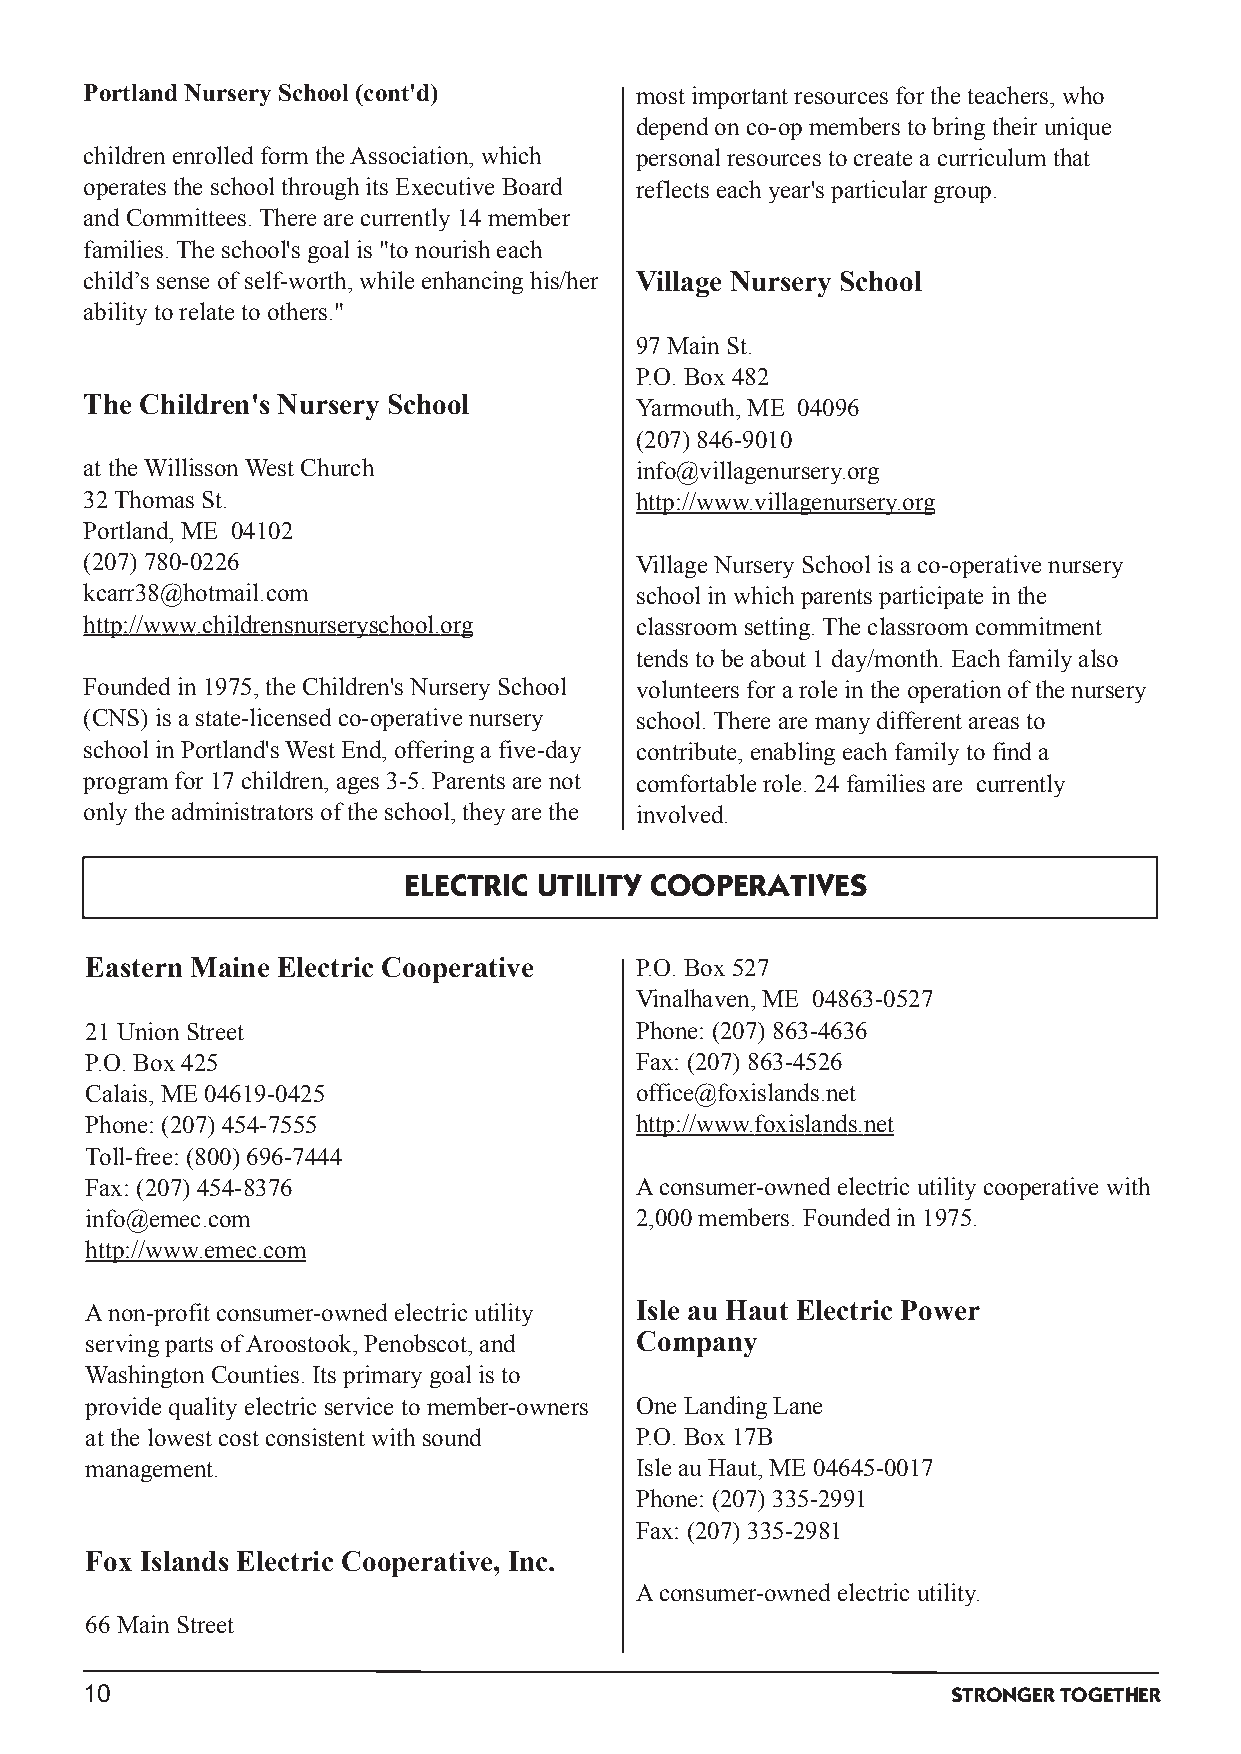
Portland NurserySchool (cont'd)     most important resources for the teachers,who
 dependonco­opmembers tobringtheir unique
 childrenenrolledform theAssociation,which personal resources tocreate a curriculum that
 operates the school throughits Executive Board reflects eachyear's particular group.
 and Committees.There are currently14member
 families.The school's goal is "tonourisheach
 child’s sense of self­worth,while enhancinghis/her Village Nursery School
 abilitytorelate toothers."
 97MainSt.
 P.O.Box482
 The Children's Nursery School       Yarmouth,ME 04096
 (207) 846­9010
 at theWillissonWest Church          info@villagenursery.org
 32Thomas St.                        http://www.villagenursery.org
 Portland,ME 04102
 (207) 780­0226                      Village NurserySchool is a co­operative nursery
 kcarr38@hotmail.com                 school inwhichparents participate inthe
 http://www.childrensnurseryschool.org classroom setting.The classroom commitment
 tends tobe about 1day/month.Eachfamilyalso
 Foundedin1975,the Children's NurserySchool volunteers for a role inthe operationof the nursery
 (CNS) is a state­licensedco­operative nursery school.There are manydifferent areas to
 school inPortland'sWest End,offeringa five­day contribute,enablingeachfamilytofinda
 program for 17children,ages 3­5.Parents are not comfortable role.24families are currently
 onlythe administrators of the school,theyare the involved.
 ELECTRIC UTILITY COOPERATIVES
 Eastern Maine Electric Cooperative  P.O.Box527
 Vinalhaven,ME 04863­0527
 21UnionStreet                       Phone: (207) 863­4636
 P.O.Box425                          Fax: (207) 863­4526
 Calais,ME 04619­0425                office@foxislands.net
 Phone: (207) 454­7555               http://www.foxislands.net
 Toll­free: (800) 696­7444
 Fax: (207) 454­8376                 Aconsumer­ownedelectric utilitycooperative with
 info@emec.com                       2,000members.Foundedin1975.
 http://www.emec.com
 Anon­profit consumer­ownedelectric utility Isle au Haut Electric Power
 servingparts ofAroostook, Penobscot,and Company
 WashingtonCounties.Its primarygoal is to
 provide qualityelectric service tomember­owners One LandingLane
 at the lowest cost consistent withsound P.O.Box17B
 management.                         Isle auHaut,ME 04645­0017
 Phone: (207) 335­2991
 Fax: (207) 335­2981
 Fox Islands Electric Cooperative, Inc.
 Aconsumer­ownedelectric utility.
 66MainStreet
 10                                                       STRONGERTOGETHER